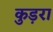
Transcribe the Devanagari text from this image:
कुड़रा